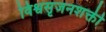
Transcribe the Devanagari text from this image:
विश्वसृजनशक्ती